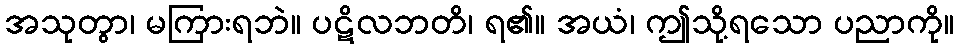
အသုတွာ၊ မကြားရဘဲ။ ပဋိလဘတိ၊ ရ၏။ အယံ၊ ဤသို့ရသော ပညာကို။